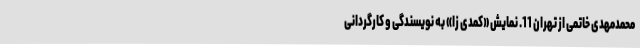
محمدمهدی خاتمی از تهران 11. نمایش «کمدی زا» به نویسندگی و کارگردانی